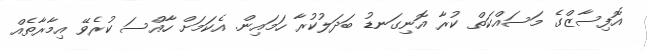
އޮފިސާޒްގެ މަސައްކަތް ކުރާ އޮނިގަނޑު ބަދަލުކުރާ ހަމައިން. އެކަމަށް ހާއްސަ ކުރެވޭ އިމާރާތެއް